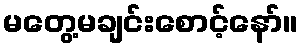
မတွေ့မချင်းစောင့်နော်။